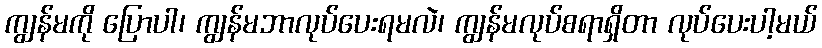
ကျွန်မကို ပြောပါ၊ ကျွန်မဘာလုပ်ပေးရမလဲ၊ ကျွန်မလုပ်စရာရှိတာ လုပ်ပေးပါ့မယ်